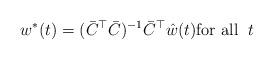
LaTeX: \begin{align*} w^*(t) = ( \bar{C}^\top \bar{C} )^{-1} \bar{C}^\top \hat{w} (t) \mbox{for all}\;\; t \end{align*}